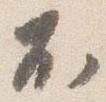
不